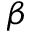
\beta